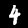
Digit: 4